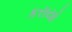
કરાયો